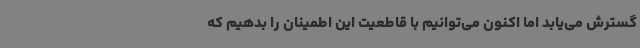
گسترش می‌یابد اما اکنون می‌توانیم با قاطعیت این اطمینان را بدهیم که